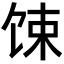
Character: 𫗧